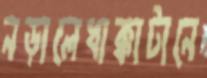
নড়ালেধাক্কাটানে